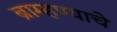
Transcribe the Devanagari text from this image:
ब्राम्हण्याचे